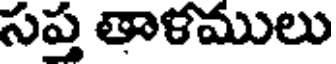
సప్త తాళములు